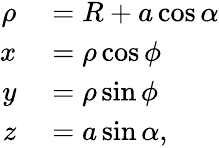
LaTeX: \begin{array}{rl}{\rho}&{{}=R+a\cos\alpha}\\ {x}&{{}=\rho\cos\phi}\\ {y}&{{}=\rho\sin\phi}\\ {z}&{{}=a\sin\alpha,}\end{array}